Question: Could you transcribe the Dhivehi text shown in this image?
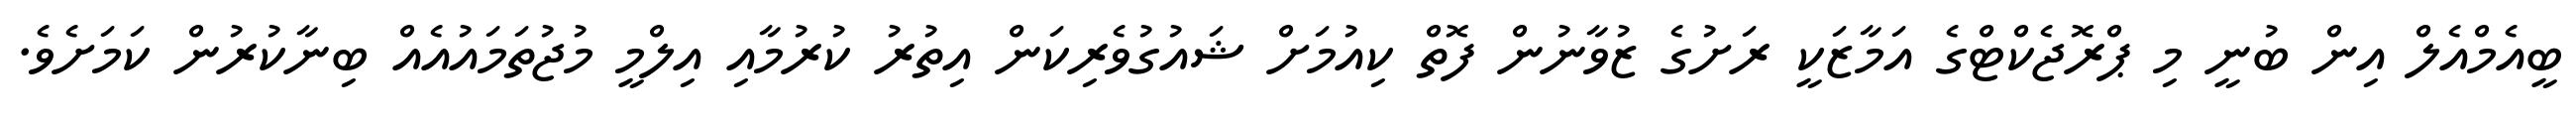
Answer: ބީއެމްއެލް އިން ބުނީ މި ޕްރޮޖެކްޓްގެ އަމާޒަކީ ރަށުގެ ޒުވާނުން ފޮތް ކިއުމަށް ޝައުގުވެރިކަން އިތުރު ކުރުމާއި އިލްމީ މުޖުތަމައުއެއް ބިނާކުރުން ކަމަށެވެ.